system: You are a helpful assistant.
user:
Analyze the provided spectrum to determine if it is a **"Cataclysmic Variables (CV)"**.

- **Key Indicators for CV (Check for either state):**
    - **State 1: Quiescent / Low-State (Emission-Dominated)**
        - **(Primary):** Strong and *very broad* Hydrogen Balmer emission lines (e.g., $H\alpha$ at 6563 Å, $H\beta$ at 4861 Å). The 'broadness' (high velocity dispersion, often FWHM > 1000 km/s) is the key diagnostic, indicating a high-velocity accretion disk.
        - **(Secondary):** Broad neutral Helium (He I) emission lines (e.g., 5876 Å, 6678 Å).
        - **(Key Confirmation):** Presence of high-excitation *ionized* Helium (He II) emission at 4686 Å. This is a strong indicator of accretion onto a white dwarf.
        - **(Line Profile):** Emission lines may exhibit a 'double-peaked' profile, which is a classic signature of a rotating accretion disk viewed at high inclination.

    - **State 2: Outburst / High-State (Absorption-Dominated)**
        - **(Primary):** Spectrum is dominated by a bright, blue continuum (looks like a hot star).
        - **(Secondary):** The emission lines from State 1 are weak, absent, or 'filled in', and are replaced by broad, shallow *absorption* lines (primarily Balmer and He I).
        - **(Morphology):** The overall spectrum mimics a hot B/A-type star. The crucial difference is that the absorption lines are significantly broader, shallower, and more 'washed-out' (or 'smeared') than the sharp lines of a normal stellar photosphere, due to high rotational speeds and pressure broadening in the disk.

Think first, call **spectral_visualization_tool** if needed to examine features in detail, then provide your final answer. Your response must adhere to the following strict rules:
1.  **Overall Structure:** Your response must follow the format `<think>...</think> <tool_call>...</tool_call> (if a tool is used) <answer>...</answer>`.
2.  **Tool Usage Constraint:** You may only make **one** tool call per turn.
3.  **Final Answer Format:** In the `<answer>` tag, your conclusion must be inside a `\boxed{}` command (e.g., `\boxed{YES}`), followed by your justification.

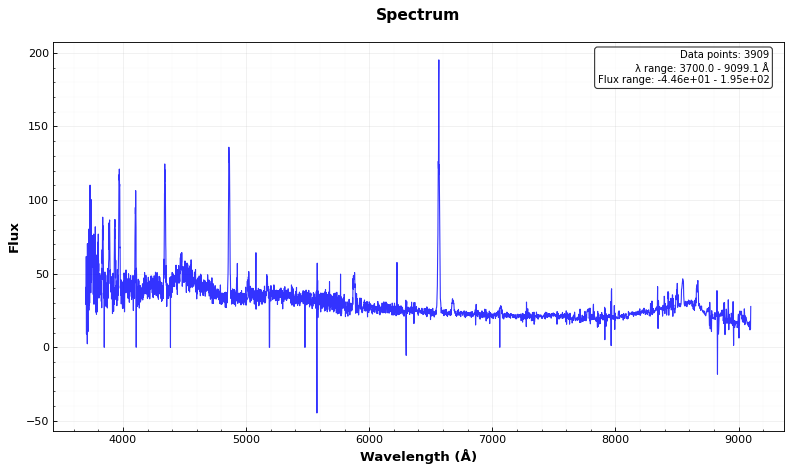
Answer: YES